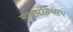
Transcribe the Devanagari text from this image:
माध्यंदिनाचे